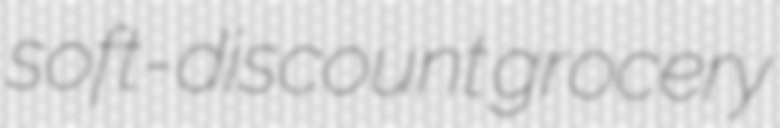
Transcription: soft-discount grocery